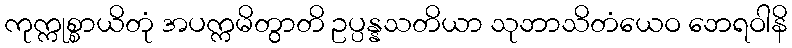
ကုက္ကုစ္စာယိတုံ အပက္ကမိတွာတိ ဥပ္ပန္နသတိယာ သုဘာသိတံယေဝ ဘေရဝါနိ